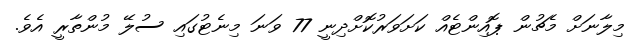
މިލާނަށް މެޗުން ޕޮއިންޓެއް ކަށަވަރުކޮށްދިނީ 77 ވަނަ މިނެޓުގައި ސުލޭ މުންތާރީ އެވެ.